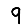
Digit: 9